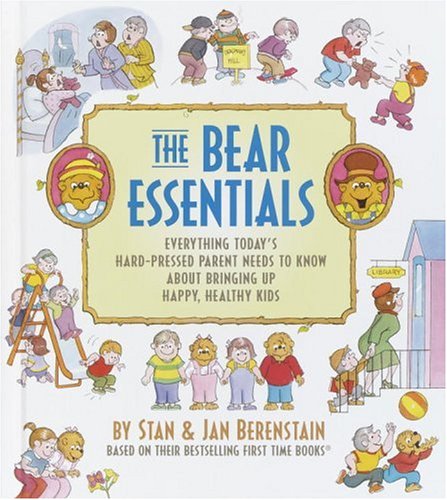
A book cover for The Bear Essentials: Everything Today's Hard-Pressed Parent Needs to Know About Bringing Up Happy, Healthy Kids; Jan Berenstain; Teen & Young Adult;